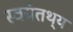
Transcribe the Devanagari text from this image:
स्वयंतथ्‌य